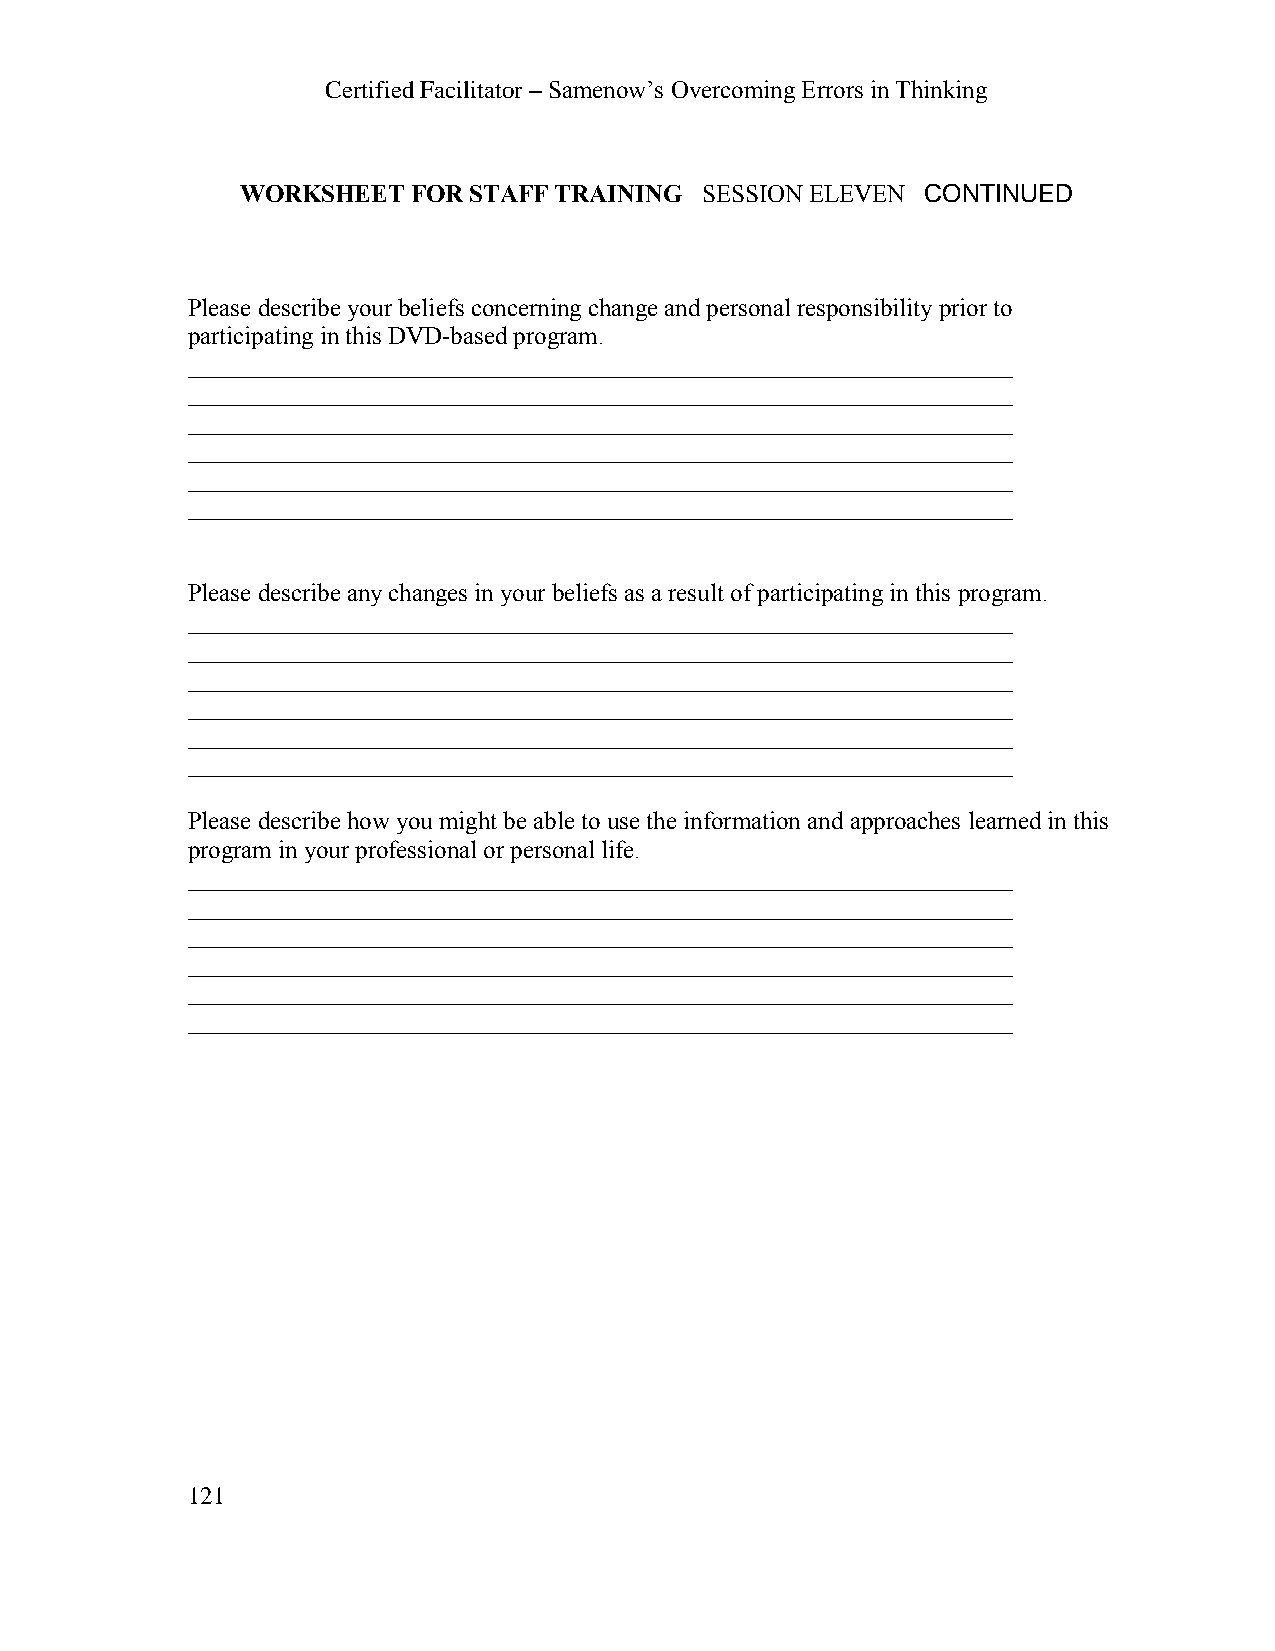
Certified Facilitator – Samenow’s Overcoming Errors in Thinking
 WORKSHEET  FOR STAFF TRAINING SESSION ELEVEN CONTINUED
 Please describe your beliefs concerning change and personal responsibility prior to
 participating in this DVD-based program.
 __________________________________________________________________
 __________________________________________________________________
 __________________________________________________________________
 __________________________________________________________________
 __________________________________________________________________
 __________________________________________________________________
 Please describe any changes in your beliefs as a result of participating in this program.
 __________________________________________________________________
 __________________________________________________________________
 __________________________________________________________________
 __________________________________________________________________
 __________________________________________________________________
 __________________________________________________________________
 Please describe how you might be able to use the information and approaches learned in this
 program in your professional or personal life.
 __________________________________________________________________
 __________________________________________________________________
 __________________________________________________________________
 __________________________________________________________________
 __________________________________________________________________
 __________________________________________________________________
 121